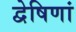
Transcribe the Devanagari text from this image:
द्वेषिणां